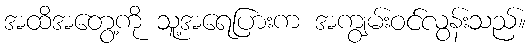
အထိအတွေ့ကို သူ့အရေပြားက အကျွမ်းဝင်လွန်းသည်။